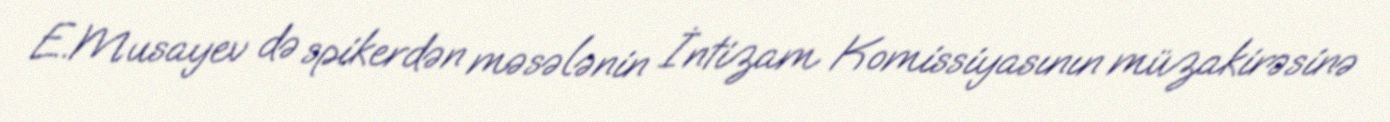
E.Musayev də spikerdən məsələnin İntizam Komissiyasının müzakirəsinə